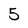
Character: 5